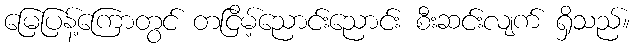
မြေပြန့်ကြောတွင် တငြိမ့်ညောင်းညောင်း စီးဆင်းလျက် ရှိသည်။